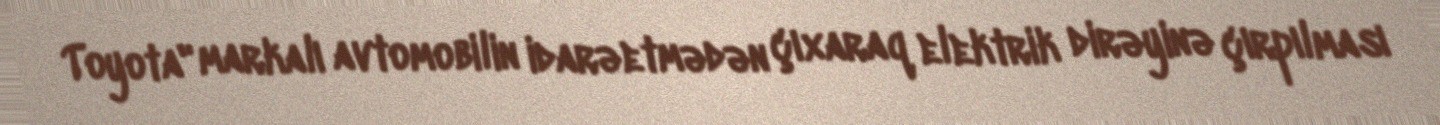
Toyota" markalı avtomobilin idarəetmədən çıxaraq elektrik dirəyinə çırpılması